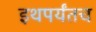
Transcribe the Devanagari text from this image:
इथपर्यंतच